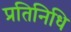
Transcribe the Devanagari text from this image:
प्रतिनिधि